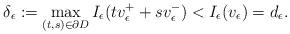
LaTeX: \begin{align*}\delta_\epsilon:= \max_{(t,s) \in \partial D} I_\epsilon( tv_\epsilon^+ + sv_\epsilon^-) < I_\epsilon(v_\epsilon) = d_\epsilon.\end{align*}